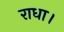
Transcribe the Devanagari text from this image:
राधा।